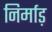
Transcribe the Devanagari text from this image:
निर्माड़